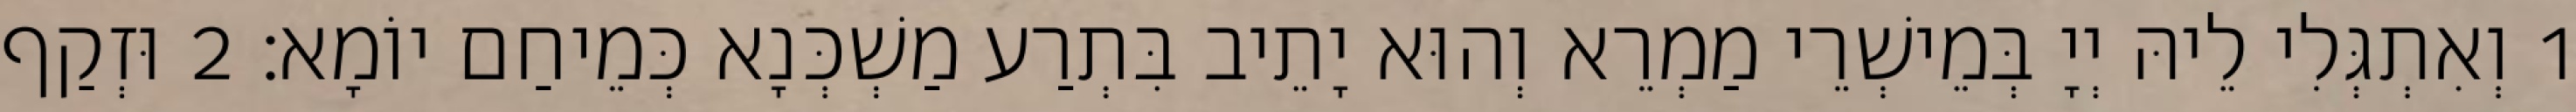
1 וְאִתְגְּלִי לֵיהּ יְיָ בְּמֵישְׁרֵי מַמְרֵא וְהוּא יָתֵיב בִּתְרַע מַשְׁכְּנָא כְּמֵיחַם יוֹמָא׃ 2 וּזְקַף